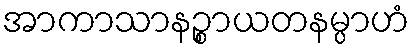
အာကာသာနဉ္စာယတနမ္ပာဟံ